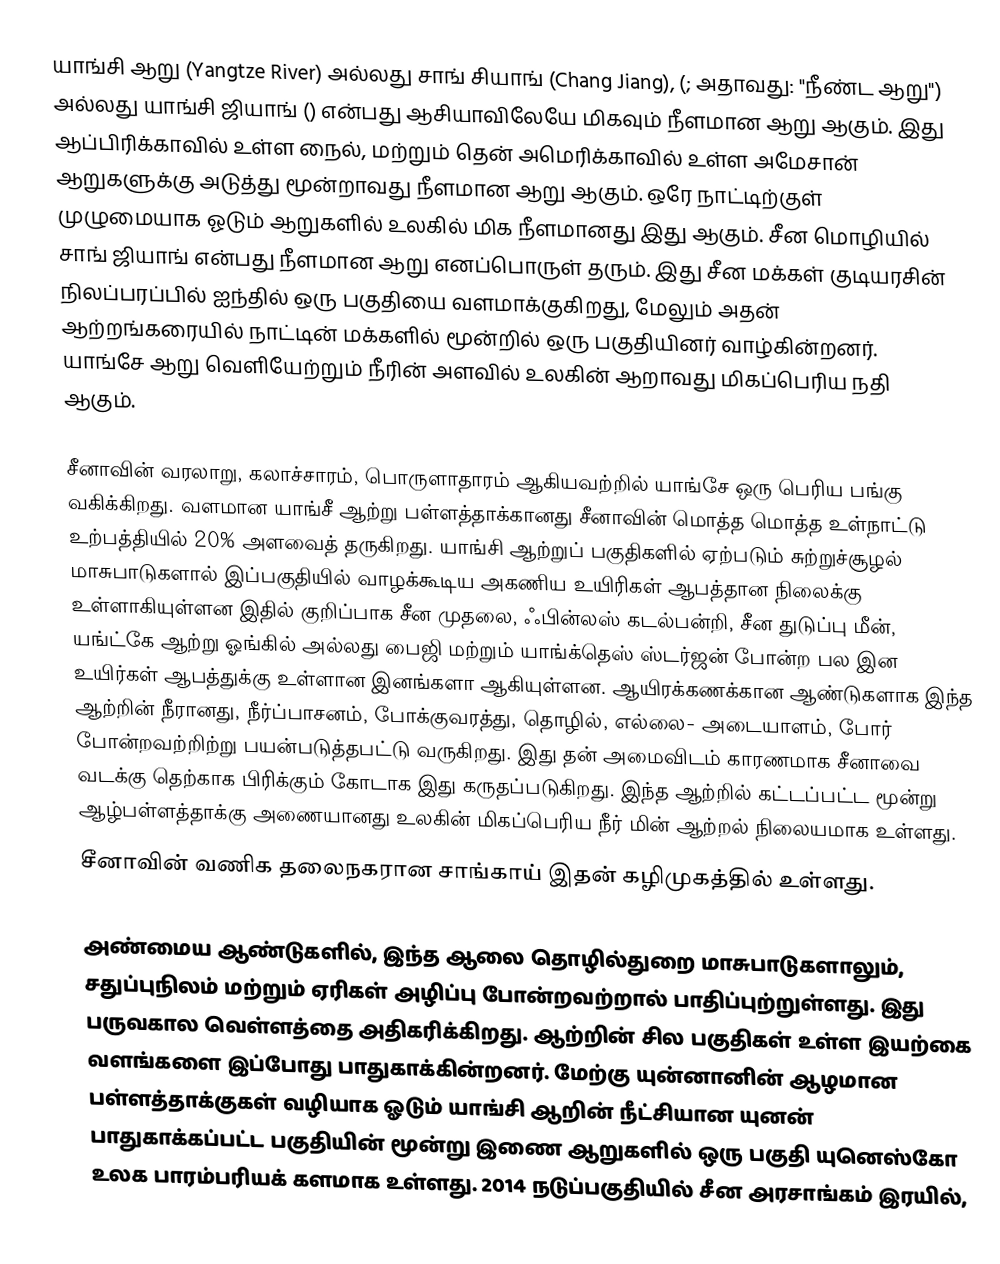
யாங்சி ஆறு (Yangtze River) அல்லது சாங் சியாங் (Chang Jiang), (; அதாவது: "நீண்ட ஆறு") அல்லது யாங்சி ஜியாங் () என்பது ஆசியாவிலேயே மிகவும் நீளமான ஆறு ஆகும். இது ஆப்பிரிக்காவில் உள்ள நைல், மற்றும் தென் அமெரிக்காவில் உள்ள அமேசான் ஆறுகளுக்கு அடுத்து மூன்றாவது நீளமான ஆறு ஆகும். ஒரே நாட்டிற்குள் முழுமையாக ஓடும் ஆறுகளில் உலகில் மிக நீளமானது இது ஆகும். சீன மொழியில் சாங் ஜியாங் என்பது நீளமான ஆறு எனப்பொருள் தரும்.   இது சீன மக்கள் குடியரசின் நிலப்பரப்பில் ஐந்தில் ஒரு பகுதியை வளமாக்குகிறது, மேலும் அதன் ஆற்றங்கரையில் நாட்டின் மக்களில் மூன்றில் ஒரு பகுதியினர் வாழ்கின்றனர்.   யாங்சே ஆறு வெளியேற்றும் நீரின்  அளவில் உலகின் ஆறாவது மிகப்பெரிய நதி ஆகும்.

சீனாவின் வரலாறு, கலாச்சாரம், பொருளாதாரம் ஆகியவற்றில் யாங்சே ஒரு பெரிய பங்கு வகிக்கிறது. வளமான யாங்சீ ஆற்று பள்ளத்தாக்கானது சீனாவின் மொத்த மொத்த உள்நாட்டு உற்பத்தியில் 20% அளவைத் தருகிறது. யாங்சி ஆற்றுப் பகுதிகளில் ஏற்படும் சுற்றுச்சூழல் மாசுபாடுகளால் இப்பகுதியில் வாழக்கூடிய அகணிய உயிரிகள் ஆபத்தான நிலைக்கு உள்ளாகியுள்ளன இதில் குறிப்பாக  சீன முதலை, ஃபின்லஸ் கடல்பன்றி, சீன துடுப்பு மீன், யங்ட்கே ஆற்று ஓங்கில் அல்லது பைஜி மற்றும் யாங்க்தெஸ் ஸ்டர்ஜன் போன்ற பல இன உயிர்கள் ஆபத்துக்கு உள்ளான இனங்களா ஆகியுள்ளன. ஆயிரக்கணக்கான ஆண்டுகளாக இந்த ஆற்றின்  நீரானது, நீர்ப்பாசனம்,  போக்குவரத்து, தொழில், எல்லை- அடையாளம், போர் போன்றவற்றிற்று பயன்படுத்தபட்டு வருகிறது. இது தன் அமைவிடம் காரணமாக சீனாவை வடக்கு தெற்காக பிரிக்கும் கோடாக இது கருதப்படுகிறது. இந்த ஆற்றில் கட்டப்பட்ட மூன்று ஆழ்பள்ளத்தாக்கு அணையானது உலகின் மிகப்பெரிய நீர் மின் ஆற்றல் நிலையமாக உள்ளது.
சீனாவின் வணிக தலைநகரான சாங்காய் இதன் கழிமுகத்தில் உள்ளது.

அண்மைய ஆண்டுகளில், இந்த ஆலை தொழில்துறை மாசுபாடுகளாலும், சதுப்புநிலம் மற்றும் ஏரிகள் அழிப்பு போன்றவற்றால் பாதிப்புற்றுள்ளது. இது பருவகால வெள்ளத்தை அதிகரிக்கிறது. ஆற்றின் சில பகுதிகள் உள்ள இயற்கை வளங்களை இப்போது பாதுகாக்கின்றனர். மேற்கு யுன்னானின் ஆழமான பள்ளத்தாக்குகள் வழியாக ஓடும் யாங்சி ஆறின் நீட்சியான   யுனன் பாதுகாக்கப்பட்ட பகுதியின் மூன்று இணை ஆறுகளில் ஒரு பகுதி யுனெஸ்கோ உலக பாரம்பரியக் களமாக உள்ளது. 2014 நடுப்பகுதியில் சீன அரசாங்கம்   இரயில்,